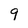
Character: 9